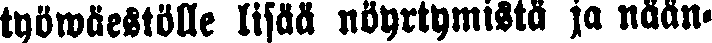
työwäestölle lisää nöyrtymistä ja nään-